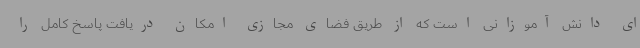
ای دانش آموزانی است که از طریق فضای مجازی امکان دریافت پاسخ کامل را